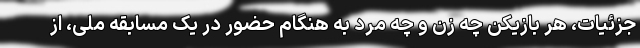
جزئیات، هر بازیکن چه زن و چه مرد به هنگام حضور در یک مسابقه ملی، از